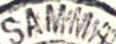
SAMMA